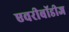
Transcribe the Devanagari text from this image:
एवरीबॉडीज